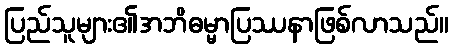
ပြည်သူများ၏အဘိဓမ္မာပြဿနာဖြစ်လာသည်။